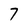
Character: 7